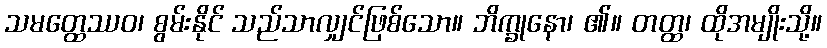
သမတ္ထေဿဝ၊ စွမ်းနိုင် သည်သာလျှင်ဖြစ်သော။ ဘိက္ခုနော၊ ၏။ တတ္ထ၊ ထိုအမျိုးသို့။